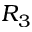
R _ { 3 }